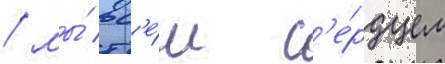
/ мы́ вс'е́м с'е́рдцем